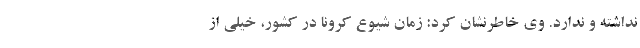
نداشته و ندارد. وی خاطرنشان کرد: زمان شیوع کرونا در کشور، خیلی از